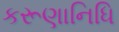
કરૂણાનિધિ